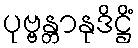
ပုဗ္ဗန္တာနုဒိဋ္ဌိံ